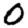
Digit: 0